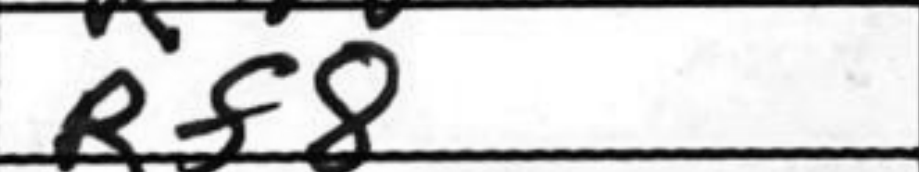
Transcription: Rf8